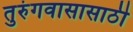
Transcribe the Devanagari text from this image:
तुरुंगवासासाठी